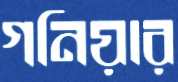
গনিয়ার